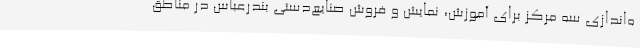
ه‌اندازی سه مرکز برای آموزش، نمایش و فروش صنایع‌دستی بندرعباس در مناطق